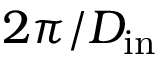
2 \pi / D _ { \mathrm { i n } }